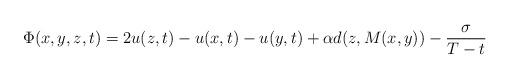
LaTeX: \begin{align*}\Phi(x, y, z, t)=2u(z, t)-u(x, t)-u(y, t)+\alpha d(z, M(x, y))-{\sigma\over T-t}\end{align*}